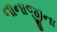
નાનાજીના